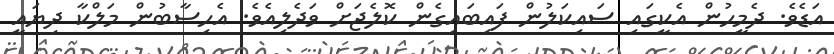
އަޑެވެ. ދެމީހުން އެކީގައި ސައިކަލުން ފައިބައިގެން ކޮލެޖަށް ވަދެލިއެވެ. އެހިސާބުން މަލްކާ ދިޔައީ